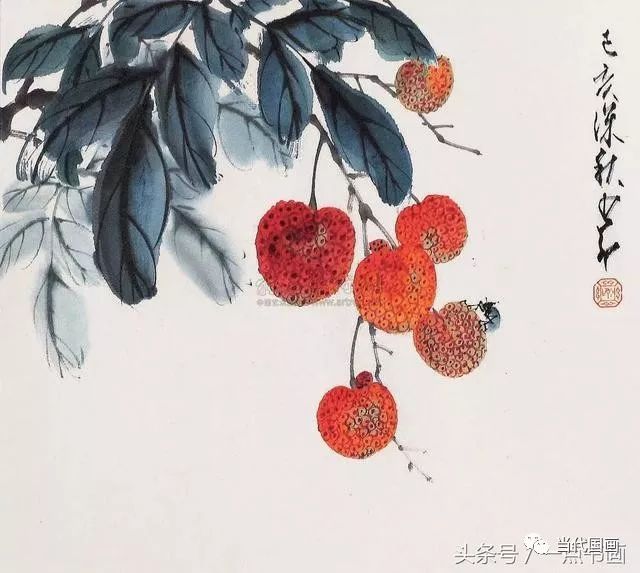
一日不作，百日不食。